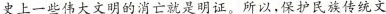
史上一些伟大文明的消亡速是明证，所以，保护民族传统文